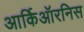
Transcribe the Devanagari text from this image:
आर्किऑरनिस